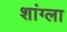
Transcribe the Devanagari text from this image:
शांग्ला